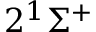
2 ^ { 1 } \Sigma ^ { + }